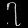
Digit: ၇